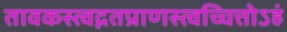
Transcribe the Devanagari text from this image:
तावकस्त्वद्गतप्राणस्त्वच्चित्तोऽहं